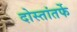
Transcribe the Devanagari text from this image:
दोस्तांतर्फे